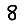
Digit: 8